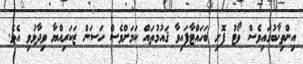
އިންތިޚާބުގައިވެސް ވޯޓު ފޮށި ބަހައްޓާފައިވާ ޤައުމުތައް ކަމަށްވެސް ހަސަން ޒަކަރިއްޔާ ވިދާޅުވި އެވެ.